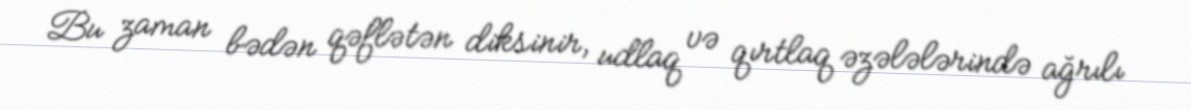
Bu zaman bədən qəflətən diksinir, udlaq və qırtlaq əzələlərində ağrılı